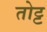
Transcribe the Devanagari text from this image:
तोट्ट